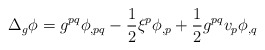
\begin{align*}\Delta_g \phi&=g^{pq}\phi_{,pq}-\frac{1}{2}\xi^p\phi_{,p}+\frac{1}{2}g^{pq}v_p\phi_{,q}\end{align*}